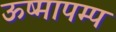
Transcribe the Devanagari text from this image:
ऊष्मापम्प